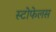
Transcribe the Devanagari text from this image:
स्टोफेलस